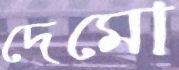
দেমো